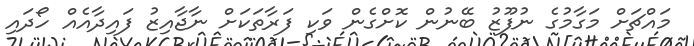
މައްޗަށް މަގާމުގެ ނުފޫޒު ބޭނުން ކޮށްގެން ވަކި ފަރާތަކަށް ނާޖާއިޒު ފައިދާއެއް ހޯދައި